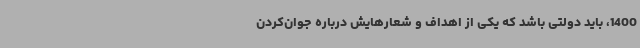
1400، باید دولتی باشد که یکی از اهداف و شعارهایش درباره جوان‌کردن